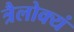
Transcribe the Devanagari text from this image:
त्रैलोक्यं